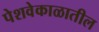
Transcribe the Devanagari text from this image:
पेशवेकाळातील